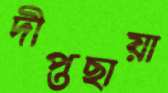
দীপ্তছায়া